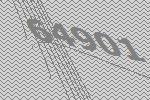
64901